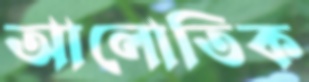
আলোতিক